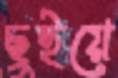
ছুইয়ে